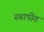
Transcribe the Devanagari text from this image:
स्‍थापीत